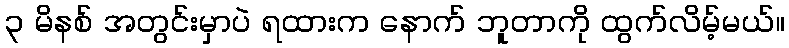
၃ မိနစ် အတွင်းမှာပဲ ရထားက နောက် ဘူတာကို ထွက်လိမ့်မယ်။